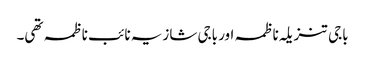
باجی تنزیلہ ناظمہ اور باجی شازیہ نائب ناظمہ تھی۔